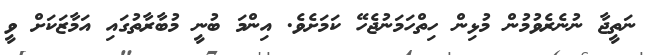
ނަތީޖާ ނުނެރެވުމުން މުޅިން ހިތްހަމަނުޖެހޭ ކަމަށެވެ. އިންމަ ބުނީ މުބާރާތުގައި އަމާޒަކަށް ވީ